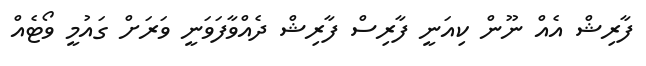
ފާރިޝް އެއް ނޫޫން ކިއަނީ ފާރިސް ފާރިޝް ދެއްވާފަވަނީ ވަރަށް ގައުމީ ވޯޓެއް